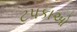
ટપકાઓ